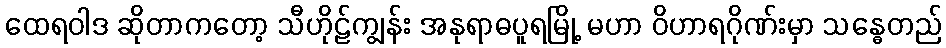
ထေရဝါဒ ဆိုတာကတော့ သီဟိုဠ်ကျွန်း အနုရာဓပူရမြို့ မဟာ ဝိဟာရဂိုဏ်းမှာ သန္ဓေတည်